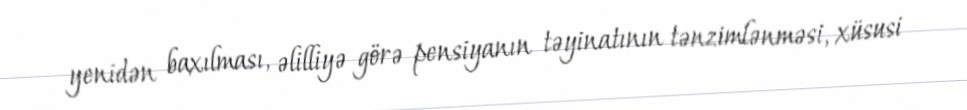
yenidən baxılması, əlilliyə görə pensiyanın təyinatının tənzimlənməsi, xüsusi